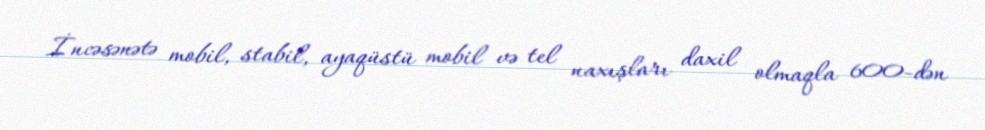
İncəsənətə mobil, stabil, ayaqüstü mobil və tel naxışları daxil olmaqla 600-dən